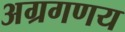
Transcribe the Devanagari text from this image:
अग्रगणय